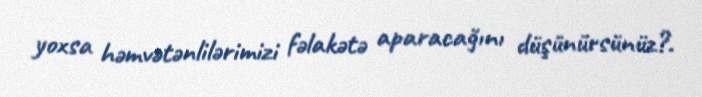
yoxsa həmvətənlilərimizi fəlakətə aparacağını düşünürsünüz?.